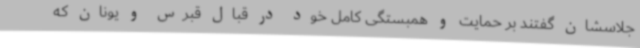
جلاسشان گفتند بر حمایت و همبستگی کامل خود در قبال قبرس و یونان که